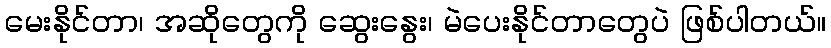
မေးနိုင်တာ၊ အဆိုတွေကို ဆွေးနွေး၊ မဲပေးနိုင်တာတွေပဲ ဖြစ်ပါတယ်။